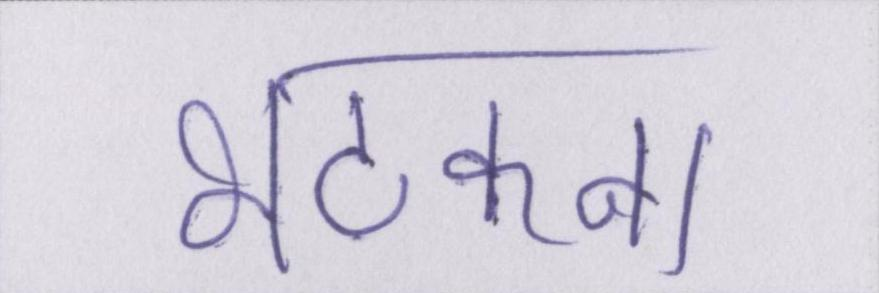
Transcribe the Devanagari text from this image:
भटकना